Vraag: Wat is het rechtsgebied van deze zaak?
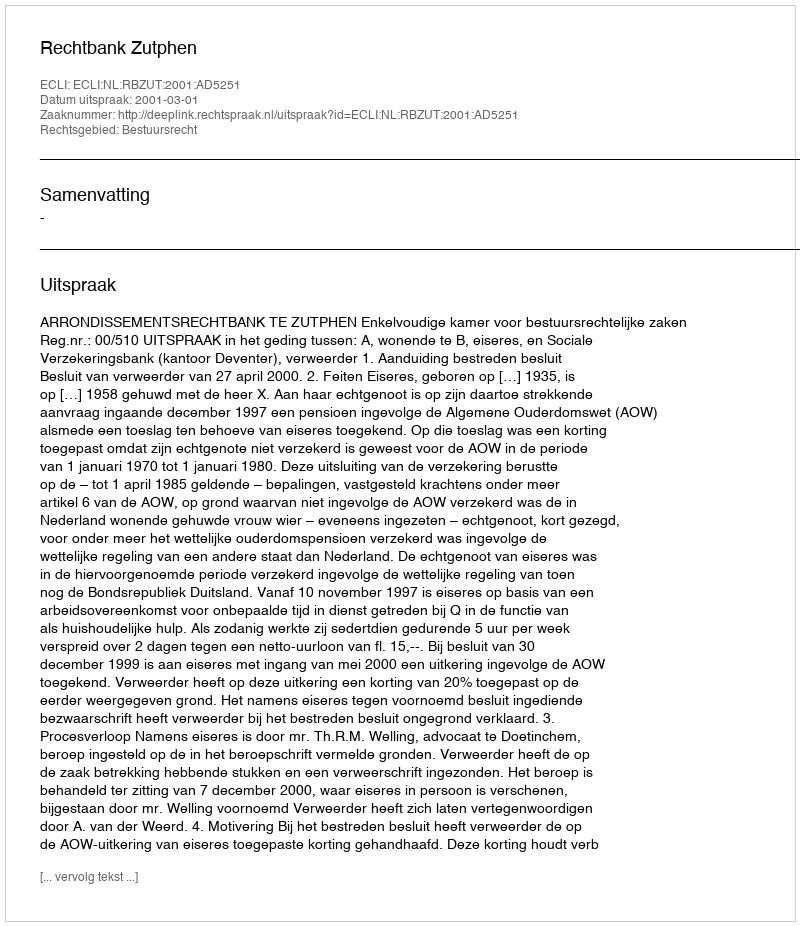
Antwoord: Bestuursrecht